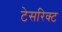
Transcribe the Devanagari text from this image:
टेसरिक्ट